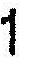
1